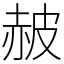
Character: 𧹞